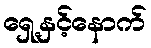
ရှေ့နှင့်နောက်